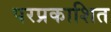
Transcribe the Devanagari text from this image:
परप्रकाशित